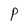
Character: P